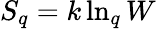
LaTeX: S_{q}=k\ln_{q}W